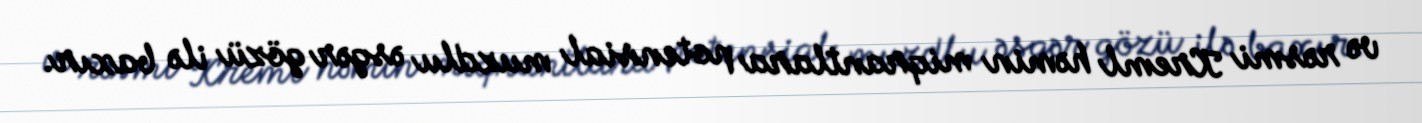
və rəsmi Kreml həmin miqrantlara potensial muzdlu əsgər gözü ilə baxır.